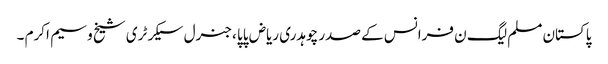
پاکستان مسلم لیگ ن فرانس کے صدر چوہدری ریاض پاپا ،جنرل سیکرٹری شیخ وسیم اکرم ۔